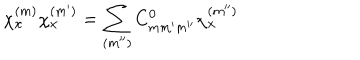
\chi _ { x } ^ { ( m ) } \chi _ { x } ^ { ( m ^ { \prime } ) } = \sum _ { ( m ^ { \prime \prime } ) } C _ { m m ^ { \prime } m ^ { \prime \prime } } ^ { 0 } \chi _ { x } ^ { ( m ^ { \prime \prime } ) }